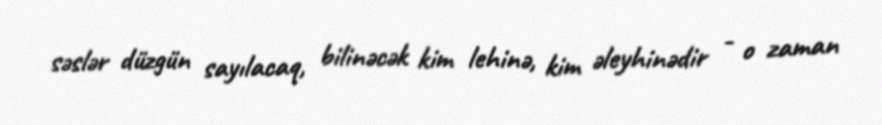
səslər düzgün sayılacaq, bilinəcək kim lehinə, kim əleyhinədir - o zaman